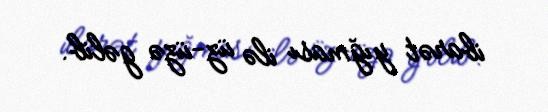
ibarət yığması ilə üz-üzə gəlib.